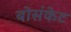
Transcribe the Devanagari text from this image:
बोसंकेट